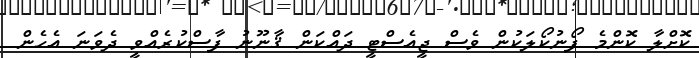
ކޮށްލާ ކޮންމެ ފޯނުކޯލަކުން ވެސް ޖީއެސްޓީ ދައްކަން ޤާނޫނު ފާސްކުރެއްވީ ދެވަނަ އެހެން